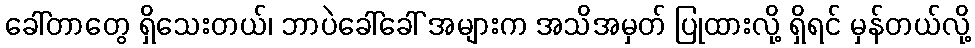
ခေါ်တာတွေ ရှိသေးတယ်၊ ဘာပဲခေါ်ခေါ် အများက အသိအမှတ် ပြုထားလို့ ရှိရင် မှန်တယ်လို့